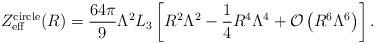
LaTeX: \begin{align*}Z_{\rm eff}^{\rm circle}(R)=\frac{64\pi}{9}\Lambda^2L_3\left[ R^2\Lambda^2-\frac{1}{4}R^4\Lambda^4 +{\cal O}\left(R^6\Lambda^6\right)\right].\end{align*}